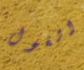
الغول